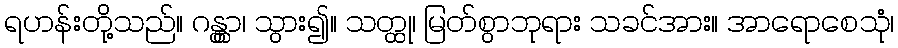
ရဟန်းတို့သည်။ ဂန္တွာ၊ သွား၍။ သတ္ထု၊ မြတ်စွာဘုရား သခင်အား။ အာရောစေသုံ၊